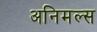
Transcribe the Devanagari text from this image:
अनिमल्स